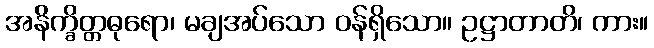
အနိက္ခိတ္တဓုရော၊ မချအပ်သော ဝန်ရှိသော။ ဥဋ္ဌာတာတိ၊ ကား။